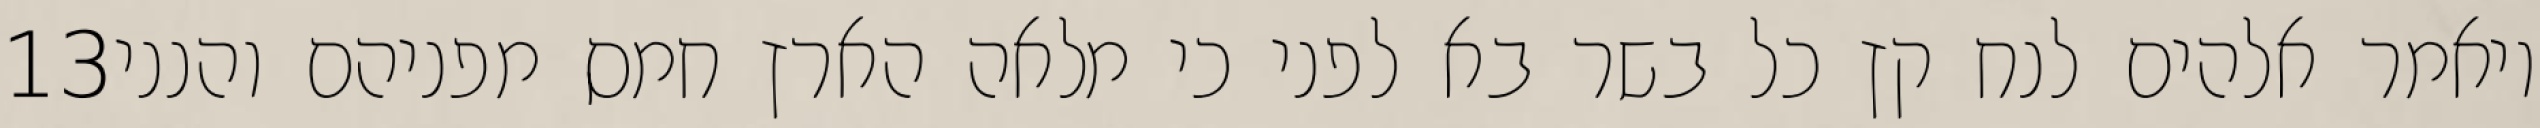
‎13‏ ויאמר אלהים לנח קץ כל בשר בא לפני כי מלאה הארץ חמס מפניהם והנני